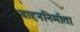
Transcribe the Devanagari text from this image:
वाहननिर्माता